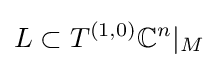
L\subset T^{(1,0)}\mathbb {C} ^{n}|_{M}